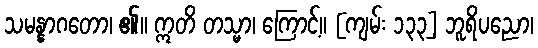
သမန္နာဂတော၊ ၏။ ဣတိ တသ္မာ၊ ကြောင့်။ [ကျမ်း ၁၃၃] ဘူရိပညော၊